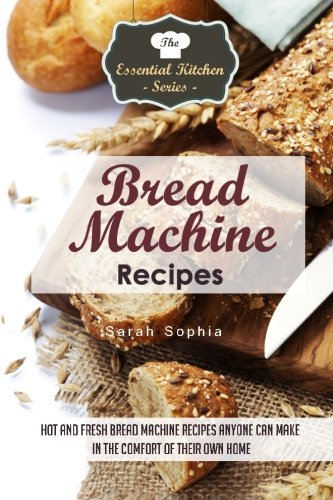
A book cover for Bread Machine Recipes: Hot and Fresh Bread Machine Recipes Anyone Can Make in the Comfort of Their Own Home (The Essential Kitchen Series) (Volume 82); Sarah Sophia; Cookbooks, Food & Wine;